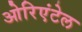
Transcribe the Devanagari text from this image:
ओरिएंटेल